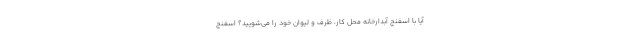
آیا با اسفنج آبدارخانه محل کار، ظرف‌ و لیوان‌ خود را می‌شویید؟ اسفنج